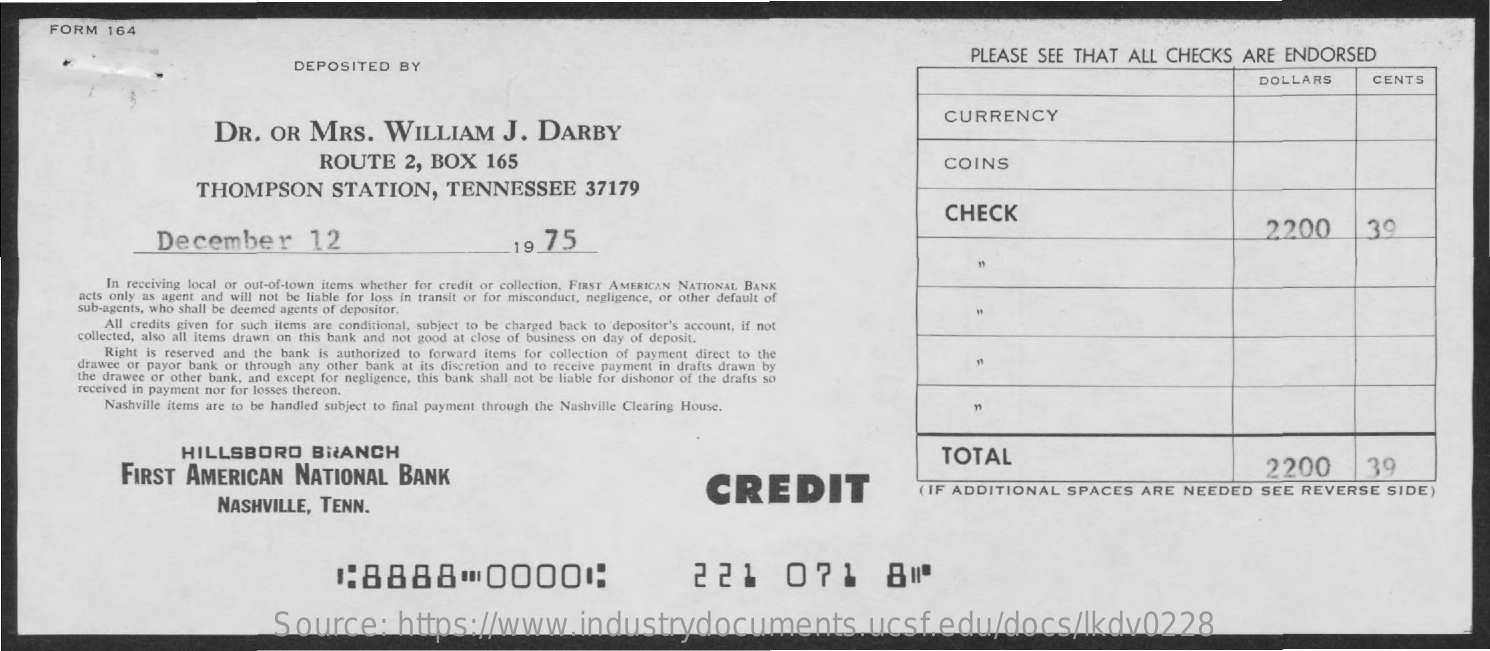
FORM   164
     PLEASE   SEE  THAT   ALL  CHECKS    ARE  ENDORSED
     DEPOSITED    BY
     DOLLARS    CENTS
     DR.    OR   MRS.    WILLIAM    J.   DARBY
     CURRENCY
     ROUTE    2,  BOX    165    COINS
     THOMPSON    STATION,    TENNESSEE    37179
     CHECK
     December    12    19  75    2200    39
     In receiving local or out-of-town items whether for credit or collection, FIRST AMERICAN NATIONAL BANK
     acts only as agent and will not be liable for loss in transit or for misconduct, negligence, or other default of
     sub-agents, who shall be deemed agents of depositor.
     All credits given for such items are conditional, subject to be charged back to depositor's account, if not
     collected, also all items drawn on this bank and not good at close of business on day of deposit.
     Right is reserved and the bank is authorized to forward items for collection of payment direct to the
     drawee or payor bank or through any other bank at its discretion and to receive payment in drafts drawn by
     the drawee or other bank, and except for negligence, this bank shall not be liable for dishonor of the drafts so
     received in payment nor for losses thereon.
     Nashville items are to be handled subject to final payment through the Nashville Clearing House.
     HILLSBORO    BRANCH
     FIRST   AMERICAN    NATIONAL    BANK
     TOTAL
     CREDIT
     2200    39
     NASHVILLE,   TENN.
     ( IF ADDITIONAL    SPACES    ARE  NEEDED    SEE  REVERSE    SIDE)
     :8888    00001:    221    071    800
     Source:    https://www.industrydocuments.ucsf.edu/docs/lkdv0228